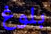
بلوغ